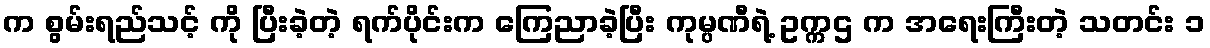
က စွမ်းရည်သင့် ကို ပြီးခဲ့တဲ့ ရက်ပိုင်းက ကြေညာခဲ့ပြီး ကုမ္ပဏီရဲ့ ဥက္ကဌ က အရေးကြီးတဲ့ သတင်း ၁